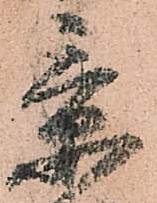
景